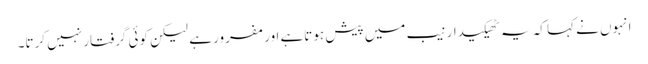
انہوں نے کہا کہ یہ ٹھیکیدار نیب میں پیش ہوتاہے اور مفرور ہے لیکن کوئی گرفتار نہیں کرتا۔